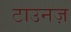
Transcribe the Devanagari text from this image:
टाउनज़